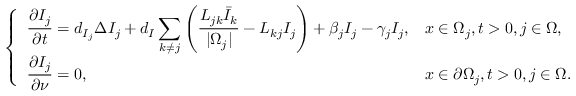
\left\{ \begin{array} { l l } { \displaystyle \frac { \partial I _ { j } } { \partial t } = d _ { I _ { j } } \Delta I _ { j } + d _ { I } \sum _ { k \neq j } \left( \frac { L _ { j k } \bar { I } _ { k } } { | \Omega _ { j } | } - L _ { k j } I _ { j } \right) + \displaystyle { \beta _ { j } I _ { j } } - \gamma _ { j } I _ { j } , } & { x \in \Omega _ { j } , t > 0 , j \in \Omega , } \\ { \displaystyle \frac { \partial I _ { j } } { \partial \nu } = 0 , } & { x \in \partial \Omega _ { j } , t > 0 , j \in \Omega . } \end{array} \right.